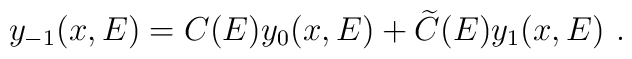
y_{-1}(x,E)=C(E)y_0(x,E)+\widetilde C(E)y_1(x,E)~.